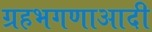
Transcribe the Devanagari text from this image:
ग्रहभगणाआदी